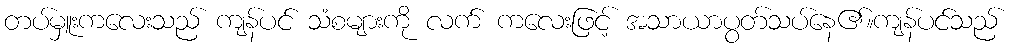
တပ်မှူးကလေးသည် ကျန်ပင် သံစများကို လက် ကလေးဖြင့် အသာယာပွတ်သပ်နေ၏။ကျန်ပင်သည်